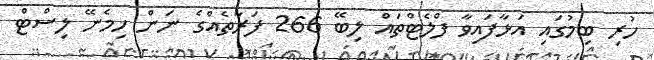
ހުރި ބިމުގައި އަޅާފައިވާ ފްލެޓްތައް ލިބޭ 266 ފަރާތެއްގެ ނަން ހިމެނޭ ލިސްޓް